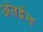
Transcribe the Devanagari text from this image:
अंतर्द्वन्द